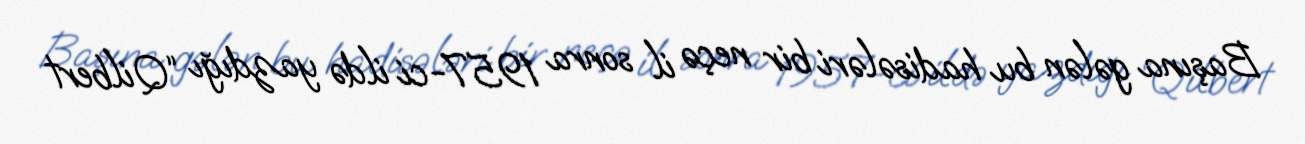
Başına gələn bu hadisələri bir neçə il sonra 1957-ci ildə yazdığı “Qilbert